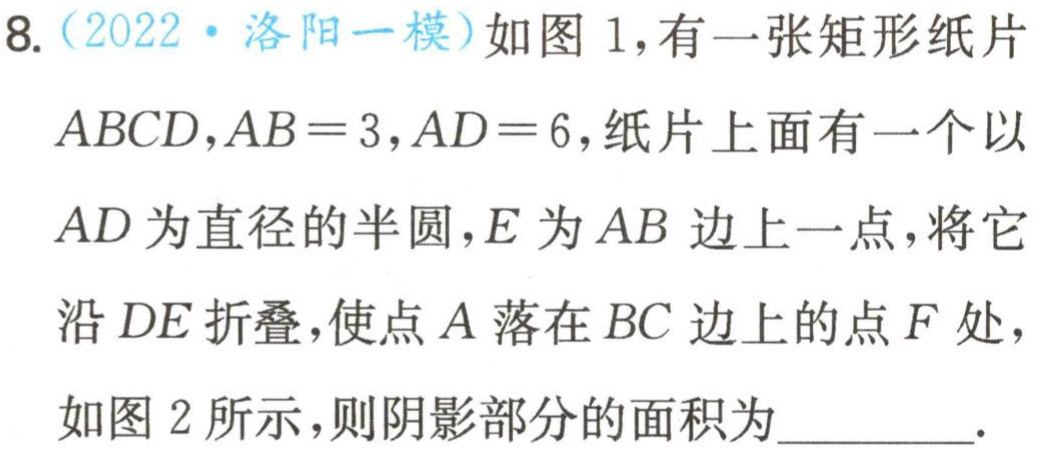
8.（2022·洛阳一模）如图1，有一张矩形纸片

$ABCD,AB = 3,AD = 6$，纸片上面有一个以

$AD$为直径的半圆，$E$为$AB$边上一点，将它

沿$DE$折叠，使点$A$落在$BC$边上的点$F$处，

如图2所示，则阴影部分的面积为_________.